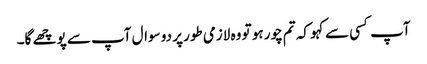
آپ کسی سے کہو کہ تم چور ہو تو وہ لازمی طور پر دو سوال آپ سے پوچھے گا۔